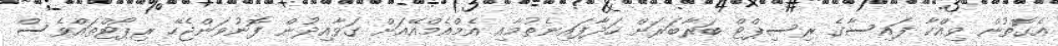
އެގޮތުން ވިއްކާ ފައިސާގެ ރިސިޕްޓް ބަރާބަރަށް ހަދާފައިނެތުމާއި އެމްއެމްއޭއަށް ގަވާއިދުން ފޮނުވަންޖެހޭ ރިޕޯޓްތައްވެސް